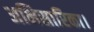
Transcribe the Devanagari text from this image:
अभिसारिका।